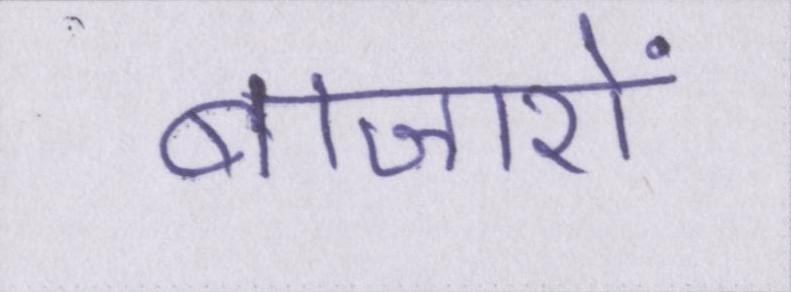
बाजारों